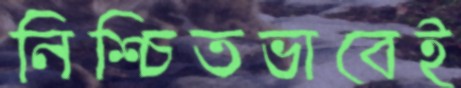
নিশ্চিতভাবেই